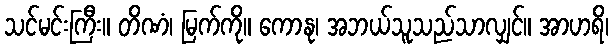
သင်မင်းကြီး။ တိဏံ၊ မြက်ကို။ ကောနု၊ အဘယ်သူသည်သာလျှင်။ အာဟရိ၊